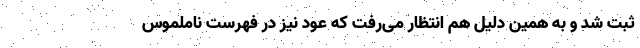
ثبت شد و به همین دلیل هم انتظار می‌رفت که عود نیز در فهرست ناملموس